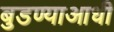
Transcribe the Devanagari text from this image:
बुडण्याआधी